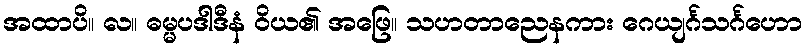
အထာပိ။ လ။ ဓမ္မပဒါဒီနံ ဝိယ၏ အဖြေ။ သဟတာညေနကား ဂေယျင်္ဂသင်္ဂဟော